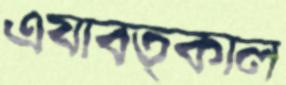
এযাবত্কাল